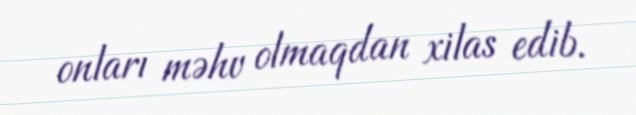
onları məhv olmaqdan xilas edib.